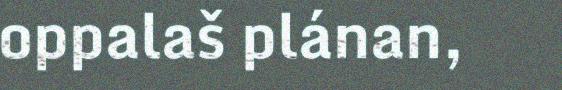
oppalaš plánan,